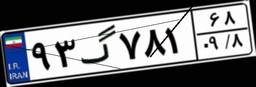
۱۲گ۷۶۸۱۵